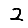
Digit: 2